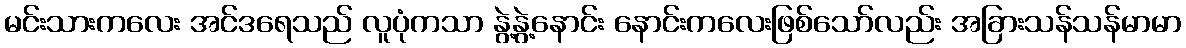
မင်းသားကလေး အင်ဒရေသည် လူပုံကသာ နွဲ့နွဲ့နောင်း နောင်းကလေးဖြစ်သော်လည်း အခြားသန်သန်မာမာ